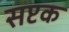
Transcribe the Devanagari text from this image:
सप्टक